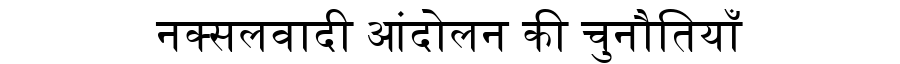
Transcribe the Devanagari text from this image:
नक्सलवादी आंदोलन की चुनौतियाँ